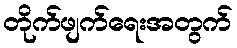
တိုက်ဖျက်ရေးအတွက်